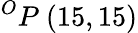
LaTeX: ^{O}P\ (15,15)